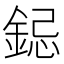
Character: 𮢁